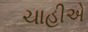
ચાહીએ